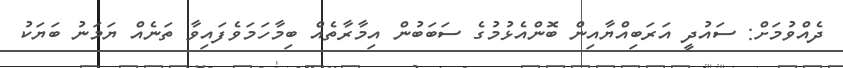
ދެއްވުމަށް: ސައުދީ އަރަބިއްޔާއިން ބޮންއެޅުމުގެ ސަބަބުން އިމާރާތެއް ބިމާހަމަވެފައިވާ ތަނެއް ޔަމަނު ބަޔަކު